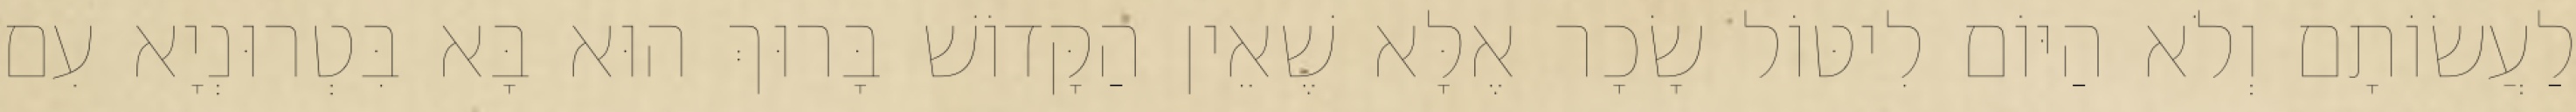
לַעֲשׂוֹתָם וְלֹא הַיּוֹם לִיטּוֹל שָׂכָר אֶלָּא שֶׁאֵין הַקָּדוֹשׁ בָּרוּךְ הוּא בָּא בִּטְרוּנְיָא עִם